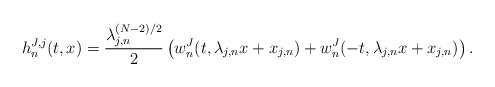
\begin{align*}h^{J,j}_n(t,x) = \frac{\lambda_{j,n}^{(N-2)/2}}{2} \left ( w_n^J(t, \lambda_{j,n} x + x_{j,n} ) + w_n^J(-t, \lambda_{j,n} x + x_{j,n} ) \right ). \end{align*}